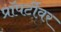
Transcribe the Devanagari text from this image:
प्रॉपर्टीवर